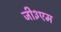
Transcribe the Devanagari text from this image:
जी३एम